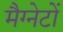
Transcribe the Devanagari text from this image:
मैग्नेटों